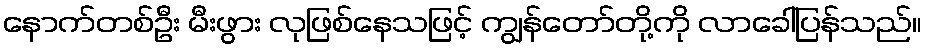
နောက်တစ်ဦး မီးဖွား လုဖြစ်နေသဖြင့် ကျွန်တော်တို့ကို လာခေါ်ပြန်သည်။